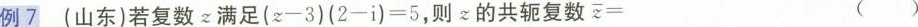
例7(山东)若复数z满足$$( z - 3 ) ( 2 - i ) = 5$$，则z的共轭复数$$z =$$ ()